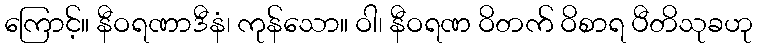
ကြောင့်။ နီဝရဏာဒီနံ၊ ကုန်သော။ ဝါ၊ နီဝရဏ ဝိတက် ဝိစာရ ပီတိသုခဟု